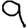
Digit: 9